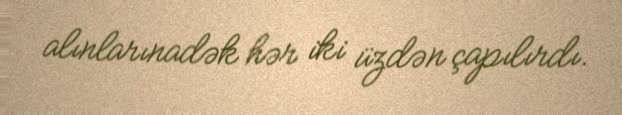
alınlarınadək hər iki üzdən çapılırdı.